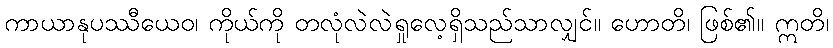
ကာယာနုပဿီယေဝ၊ ကိုယ်ကို တလုံလဲလဲရှုလေ့ရှိသည်သာလျှင်။ ဟောတိ၊ ဖြစ်၏။ ဣတိ၊